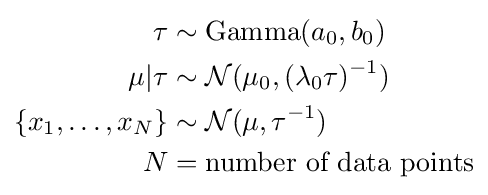
{\begin{aligned}\tau &\sim \operatorname {Gamma} (a_{0},b_{0})\\\mu |\tau &\sim {\mathcal {N}}(\mu _{0},(\lambda _{0}\tau )^{-1})\\\{x_{1},\dots ,x_{N}\}&\sim {\mathcal {N}}(\mu ,\tau ^{-1})\\N&={\text{number of data points}}\end{aligned}}